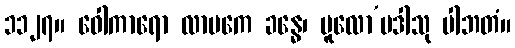
၁၁၂၇။ ဝေါကာရော လာမကေ ခန္ဓေ၊ မူလော’ပဒါသု ပါဘတံ။